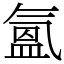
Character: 氳